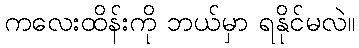
ကလေးထိန်းကို ဘယ်မှာ ရနိုင်မလဲ။